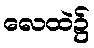
လေထဲ၌